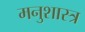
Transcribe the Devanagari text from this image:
मनुशास्त्र